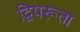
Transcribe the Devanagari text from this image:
द्विपरूता